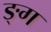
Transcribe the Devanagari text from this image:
ङ्ग